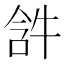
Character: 𤙣